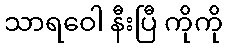
သာရဝေါ နီးပြီ ကိုကို